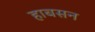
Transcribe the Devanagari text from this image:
हाबसन